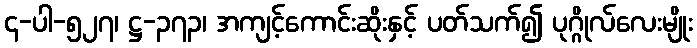
၄-ပါ-၅၂၇၊ ဋ္ဌ-၃၇၃၊ အကျင့်ကောင်းဆိုးနှင့် ပတ်သက်၍ ပုဂ္ဂိုလ်လေးမျိုး